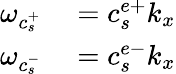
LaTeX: \begin{array}{rl}{\omega_{c_{s}^{+}}}&{{}=c_{s}^{e+}k_{x}}\\ {\omega_{c_{s}^{-}}}&{{}=c_{s}^{e-}k_{x}}\end{array}